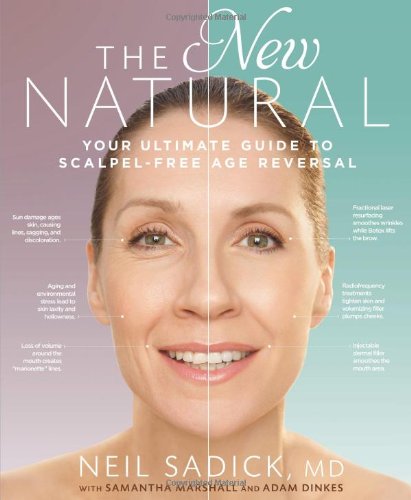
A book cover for The New Natural: Your Ultimate Guide to Cutting-Edge Age Reversal; Neil Sadick; Health, Fitness & Dieting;